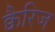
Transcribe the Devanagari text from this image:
क्वैरिज